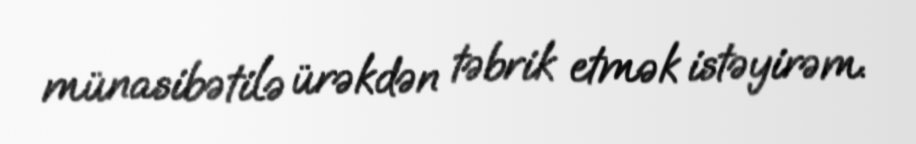
münasibətilə ürəkdən təbrik etmək istəyirəm.